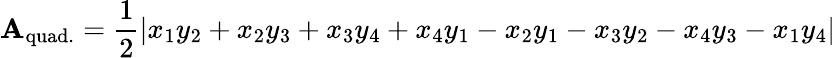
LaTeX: \mathbf{A}_{\mathrm{quad.}}={\frac{1}{2}}|x_{1}y_{2}+x_{2}y_{3}+x_{3}y_{4}+x_{4}y_{1}-x_{2}y_{1}-x_{3}y_{2}-x_{4}y_{3}-x_{1}y_{4}|